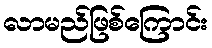
လာမည်ဖြစ်ကြောင်း